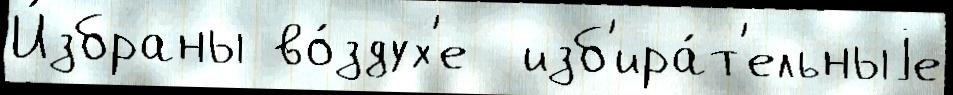
И́збраны во́здух'е  изб'ира́т'ельныjе